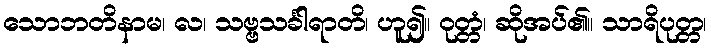
သောဘတိနာမ၊ လ၊ သဗ္ဗသင်္ခါရာတိ၊ ဟူ၍။ ဝုတ္တံ၊ ဆိုအပ်၏။ သာရိပုတ္တ၊